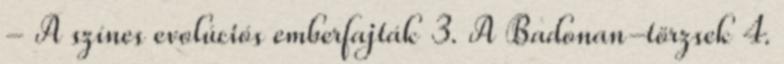
- A színes evolúciós emberfajták 3. A Badonan-törzsek 4.